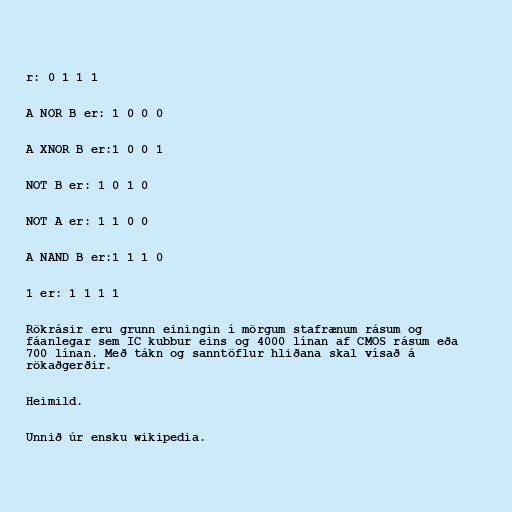
r: 0 1 1 1

A NOR B er: 1 0 0 0

A XNOR B er:1 0 0 1

NOT B er: 1 0 1 0

NOT A er: 1 1 0 0

A NAND B er:1 1 1 0

1 er: 1 1 1 1

Rökrásir eru grunn einingin í mörgum stafrænum rásum og
fáanlegar sem IC kubbur eins og 4000 línan af CMOS rásum eða
700 línan. Með tákn og sanntöflur hliðana skal vísað á
rökaðgerðir.

Heimild.

Unnið úr ensku wikipedia.